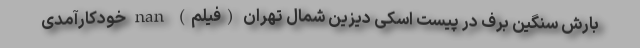
بارش سنگین برف در پیست اسکی دیزین شمال تهران (فیلم) nan خودکارآمدی